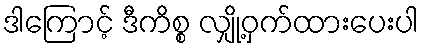
ဒါကြောင့် ဒီကိစ္စ လျှို့ဝှက်ထားပေးပါ